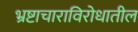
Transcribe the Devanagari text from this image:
भ्रष्टाचाराविरोधातील